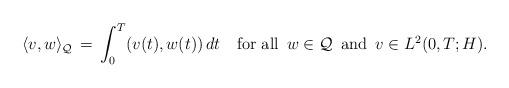
LaTeX: \begin{align*}\langle v,w\rangle_{\cal Q}\,=\,\int_0^T(v(t),w(t))\,dt \quad\mbox{for all \,$w\in{\cal Q}$\, and $\,v\in L^2(0,T;H)$}.\end{align*}